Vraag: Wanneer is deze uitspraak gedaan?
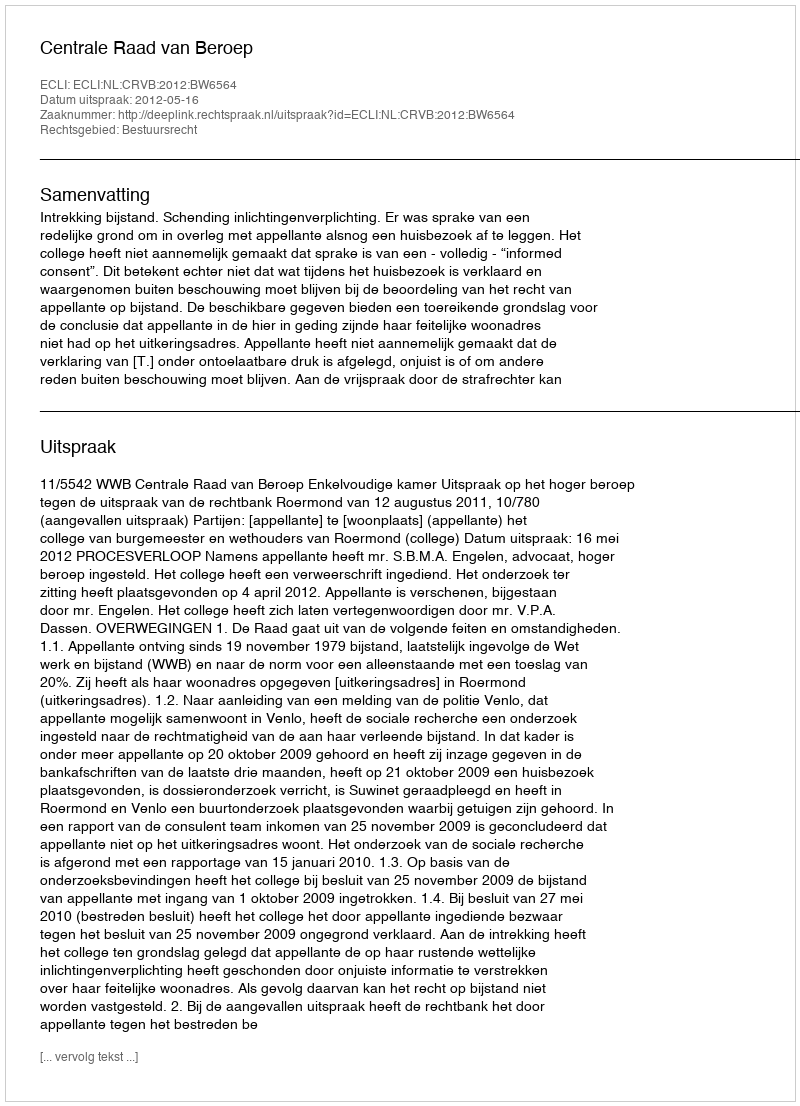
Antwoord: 2012-05-16